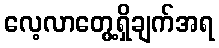
လေ့လာတွေ့ရှိချက်အရ